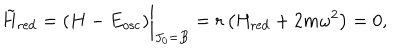
{ \tilde { H } } _ { \mathrm { r e d } } = ( H - E _ { \mathrm { o s c } } ) \bigg \vert _ { J _ { 0 } = B } = r \left( H _ { \mathrm { r e d } } + 2 m \omega ^ { 2 } \right) = 0 ,